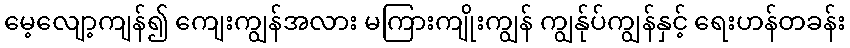
မေ့လျော့ကျန်၍ ကျေးကျွန်အလား မကြားကျိုးကျွန် ကျွန်ုပ်ကျွန်နှင့် ရေးဟန်တခန်း